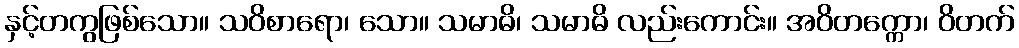
နှင့်တကွဖြစ်သော။ သဝိစာရော၊ သော။ သမာဓိ၊ သမာဓိ လည်းကောင်း။ အဝိတက္ကော၊ ဝိတက်